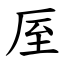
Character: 厔